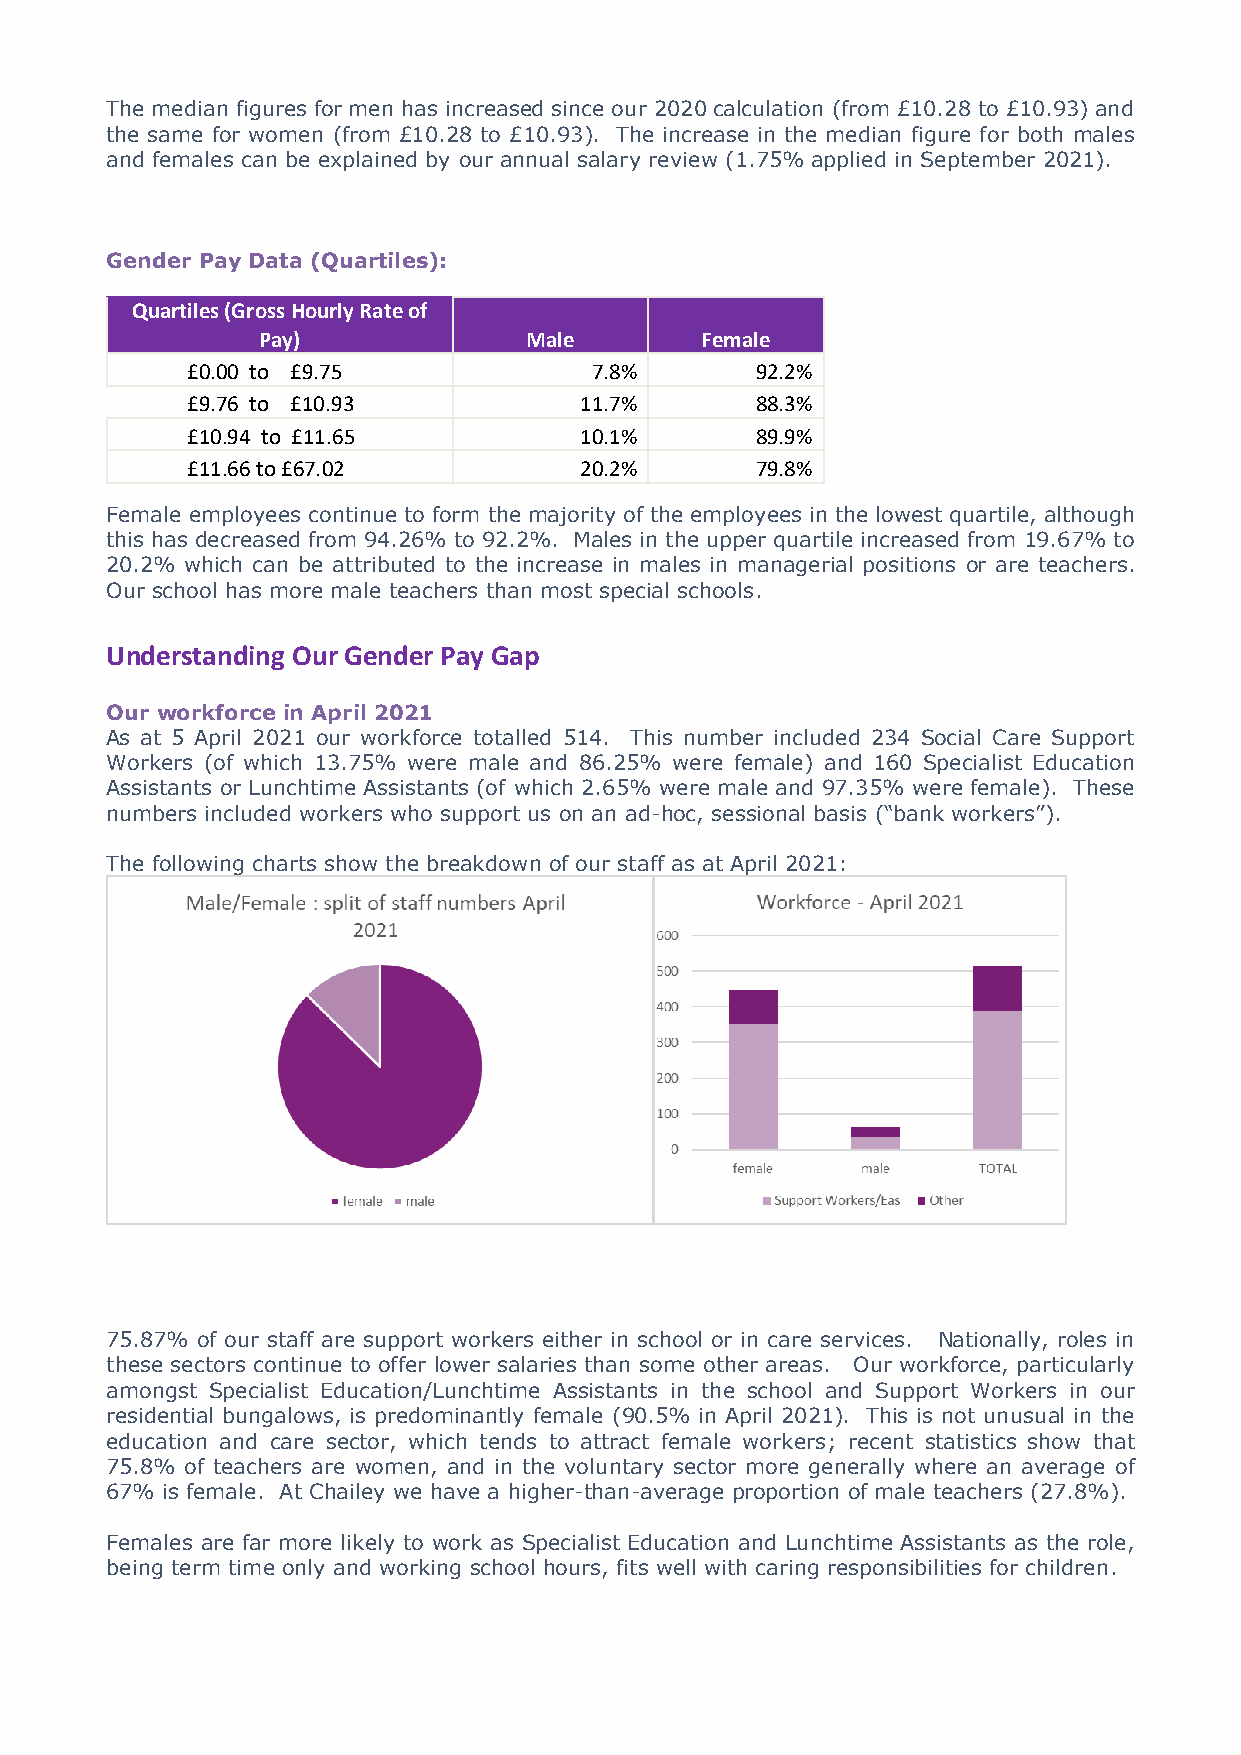
The median figures for men has increased since our 2020 calculation (from £10.28 to £10.93) and
 the same for women (from £10.28 to £10.93). The increase in the median figure for both males
 and females can be explained by our annual salary review (1.75% applied in September 2021).
 Gender Pay Data (Quartiles):
 Quartiles (Gross Hourly Rate of
 Pay)              Male       Female
 £0.00 to £9.75             7.8%       92.2%
 £9.76 to £10.93           11.7%       88.3%
 £10.94 to £11.65          10.1%       89.9%
 £11.66 to £67.02          20.2%       79.8%
 Female employees continue to form the majority of the employees in the lowest quartile, although
 this has decreased from 94.26% to 92.2%. Males in the upper quartile increased from 19.67% to
 20.2% which can be attributed to the increase in males in managerial positions or are teachers.
 Our school has more male teachers than most special schools.
 Understanding Our Gender Pay Gap
 Our workforce in April 2021
 As at 5 April 2021 our workforce totalled 514. This number included 234 Social Care Support
 Workers (of which 13.75% were male and 86.25% were female) and 160 Specialist Education
 Assistants or Lunchtime Assistants (of which 2.65% were male and 97.35% were female). These
 numbers included workers who support us on an ad-hoc, sessional basis (“bank workers”).
 The following charts show the breakdown of our staff as at April 2021:
 75.87% of our staff are support workers either in school or in care services. Nationally, roles in
 these sectors continue to offer lower salaries than some other areas. Our workforce, particularly
 amongst Specialist Education/Lunchtime Assistants in the school and Support Workers in our
 residential bungalows, is predominantly female (90.5% in April 2021). This is not unusual in the
 education and care sector, which tends to attract female workers; recent statistics show that
 75.8% of teachers are women, and in the voluntary sector more generally where an average of
 67% is female. At Chailey we have a higher-than-average proportion of male teachers (27.8%).
 Females are far more likely to work as Specialist Education and Lunchtime Assistants as the role,
 being term time only and working school hours, fits well with caring responsibilities for children.